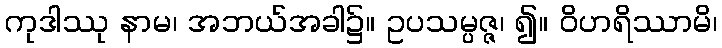
ကုဒါဿု နာမ၊ အဘယ်အခါ၌။ ဥပသမ္ပဇ္ဇ၊ ၍။ ဝိဟရိဿာမိ၊